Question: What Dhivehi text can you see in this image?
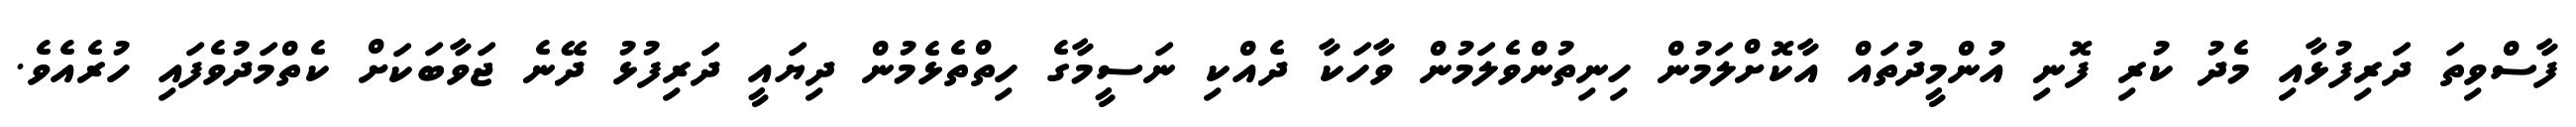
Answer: ފާސްވިތަ ދަރިފުޅާއި މެދު ކުރި ފޮނި އުންމީދުތައް އާކޮށްލަމުން ހިނިތުންވެލަމުން ވާހަކާ ދެއްކި ނަސީމާގެ ހިތްތެޅެމުން ދިޔައީ ދަރިފުޅު ދޭނެ ޖަވާބަކަށް ކެތްމަދުވެފައި ހުރެއެވެ.